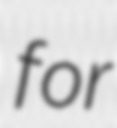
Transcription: for